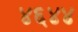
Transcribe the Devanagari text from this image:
४६४४